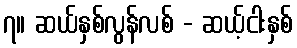
၇။ ဆယ်နှစ်လွန်လစ် - ဆယ့်ငါးနှစ်